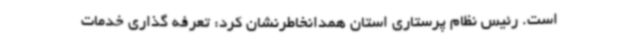
است. رئیس نظام پرستاری استان همدانخاطرنشان کرد: تعرفه گذاری خدمات